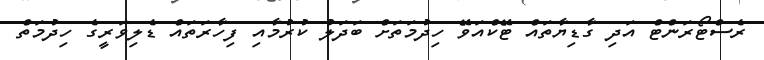
ރެސްޓޯރަންޓް އަދި ގާޑިޔާތައް ޓޭކްއަވޭ ހިދުމަތަށް ބަދަލު ކުރުމާއި ފިހާރަތައް ޑެލިވަރީގެ ހިދުމަތް